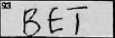
Transcription: BET